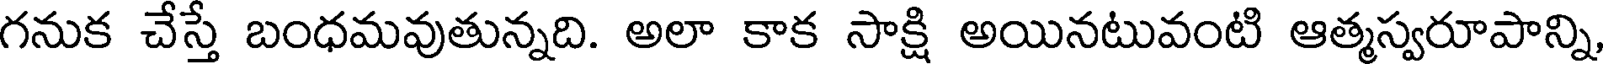
గనుక చేస్తే బంధమవుతున్నది. అలా కాక సాక్షి అయినటువంటి ఆత్మస్వరూపాన్ని